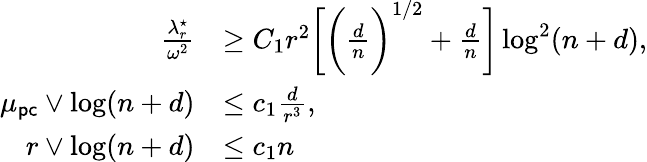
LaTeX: \begin{array}{rl}{\frac{\lambda_{r}^{\star}}{\omega^{2}}}&{\geq C_{1}r^{2}\bigg[\bigg(\frac{d}{n}\bigg)^{1/2}+\frac{d}{n}\bigg]\log^{2}(n+d),}\\ {\mu_{\sf pc}\vee\log(n+d)}&{\leq c_{1}\frac{d}{r^{3}},}\\ {r\vee\log(n+d)}&{\leq c_{1}n}\end{array}